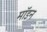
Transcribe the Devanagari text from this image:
मॉइन